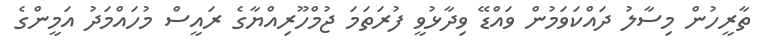
ތާރީހުން މިސާލު ދައްކަވަމުން ވައްޑޭ ވިދާޅުވީ ފުރަތަމަ ޖުމްހޫރިއްޔާގެ ރައީސް މުހައްމަދު އަމީންގެ